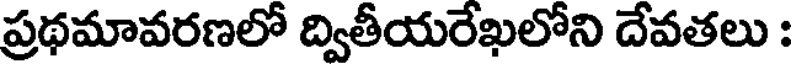
ప్రథమావరణలో ద్వితీయరేఖలోని దేవతలు :